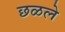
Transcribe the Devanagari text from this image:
छळले